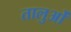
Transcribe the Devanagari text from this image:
तालुओं